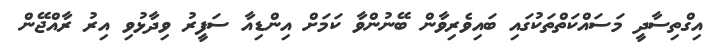
އިގްތިސާދީ މަސައްކަތްތަކުގައި ބައިވެރިވާން ބޭނުންވާ ކަމަށް އިންޑިއާ ސަފީރު ވިދާޅުވި އިރު ރާއްޖޭން